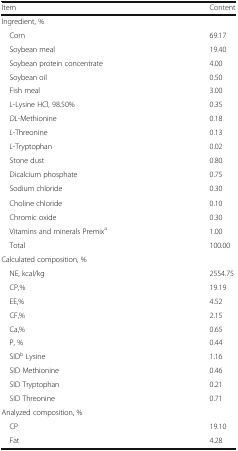
<table><thead><tr><td><b>Item</b></td><td><b>Content</b></td></tr></thead><tbody><tr><td colspan="2">Ingredient, %</td></tr><tr><td> Corn</td><td>69.17</td></tr><tr><td> Soybean meal</td><td>19.40</td></tr><tr><td> Soybean protein concentrate</td><td>4.00</td></tr><tr><td> Soybean oil</td><td>0.50</td></tr><tr><td> Fish meal</td><td>3.00</td></tr><tr><td> <i>L</i>-Lysine HCl, 98.50%</td><td>0.35</td></tr><tr><td> <i>DL</i>-Methionine</td><td>0.18</td></tr><tr><td> <i>L</i>-Threonine</td><td>0.13</td></tr><tr><td> <i>L</i>-Tryptophan</td><td>0.02</td></tr><tr><td> Stone dust</td><td>0.80</td></tr><tr><td> Dicalcium phosphate</td><td>0.75</td></tr><tr><td> Sodium chloride</td><td>0.30</td></tr><tr><td> Choline chloride</td><td>0.10</td></tr><tr><td> Chromic oxide</td><td>0.30</td></tr><tr><td> Vitamins and minerals Premix<sup>a</sup></td><td>1.00</td></tr><tr><td> Total</td><td>100.00</td></tr><tr><td colspan="2">Calculated composition, %</td></tr><tr><td> NE, kcal/kg</td><td>2554.75</td></tr><tr><td> CP,%</td><td>19.19</td></tr><tr><td> EE,%</td><td>4.52</td></tr><tr><td> CF,%</td><td>2.15</td></tr><tr><td> Ca,%</td><td>0.65</td></tr><tr><td> P, %</td><td>0.44</td></tr><tr><td> SID<sup>b</sup> Lysine</td><td>1.16</td></tr><tr><td> SID Methionine</td><td>0.46</td></tr><tr><td> SID Tryptophan</td><td>0.21</td></tr><tr><td> SID Threonine</td><td>0.71</td></tr><tr><td colspan="2">Analyzed composition, %</td></tr><tr><td> CP</td><td>19.10</td></tr><tr><td> Fat</td><td>4.28</td></tr></tbody></table>